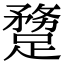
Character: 𨄝